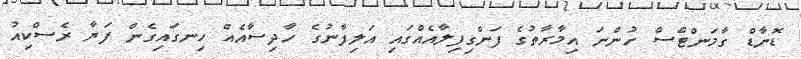
ޑޮނާޑް ގާމަންޓްސް ހުންނަ އިމާރާތުގެ ފަންގިފިލާއެއްގައި އަލިފާނުގެ ހާދިސާއެއް ހިނގައިގެން ފަޔާ ރެސްކިއު